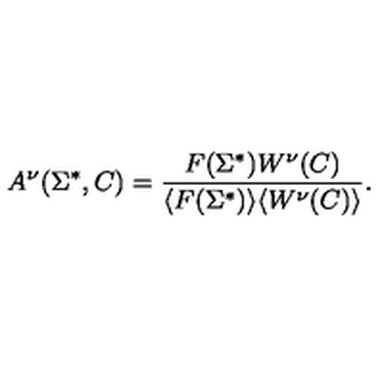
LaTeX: A ^ { \nu } ( \Sigma ^ { * } , C ) = { \frac { F ( \Sigma ^ { * } ) W ^ { \nu } ( C ) } { \langle F ( \Sigma ^ { * } ) \rangle \langle W ^ { \nu } ( C ) \rangle } } .